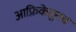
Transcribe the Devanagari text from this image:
आफ्रिकेतूनच